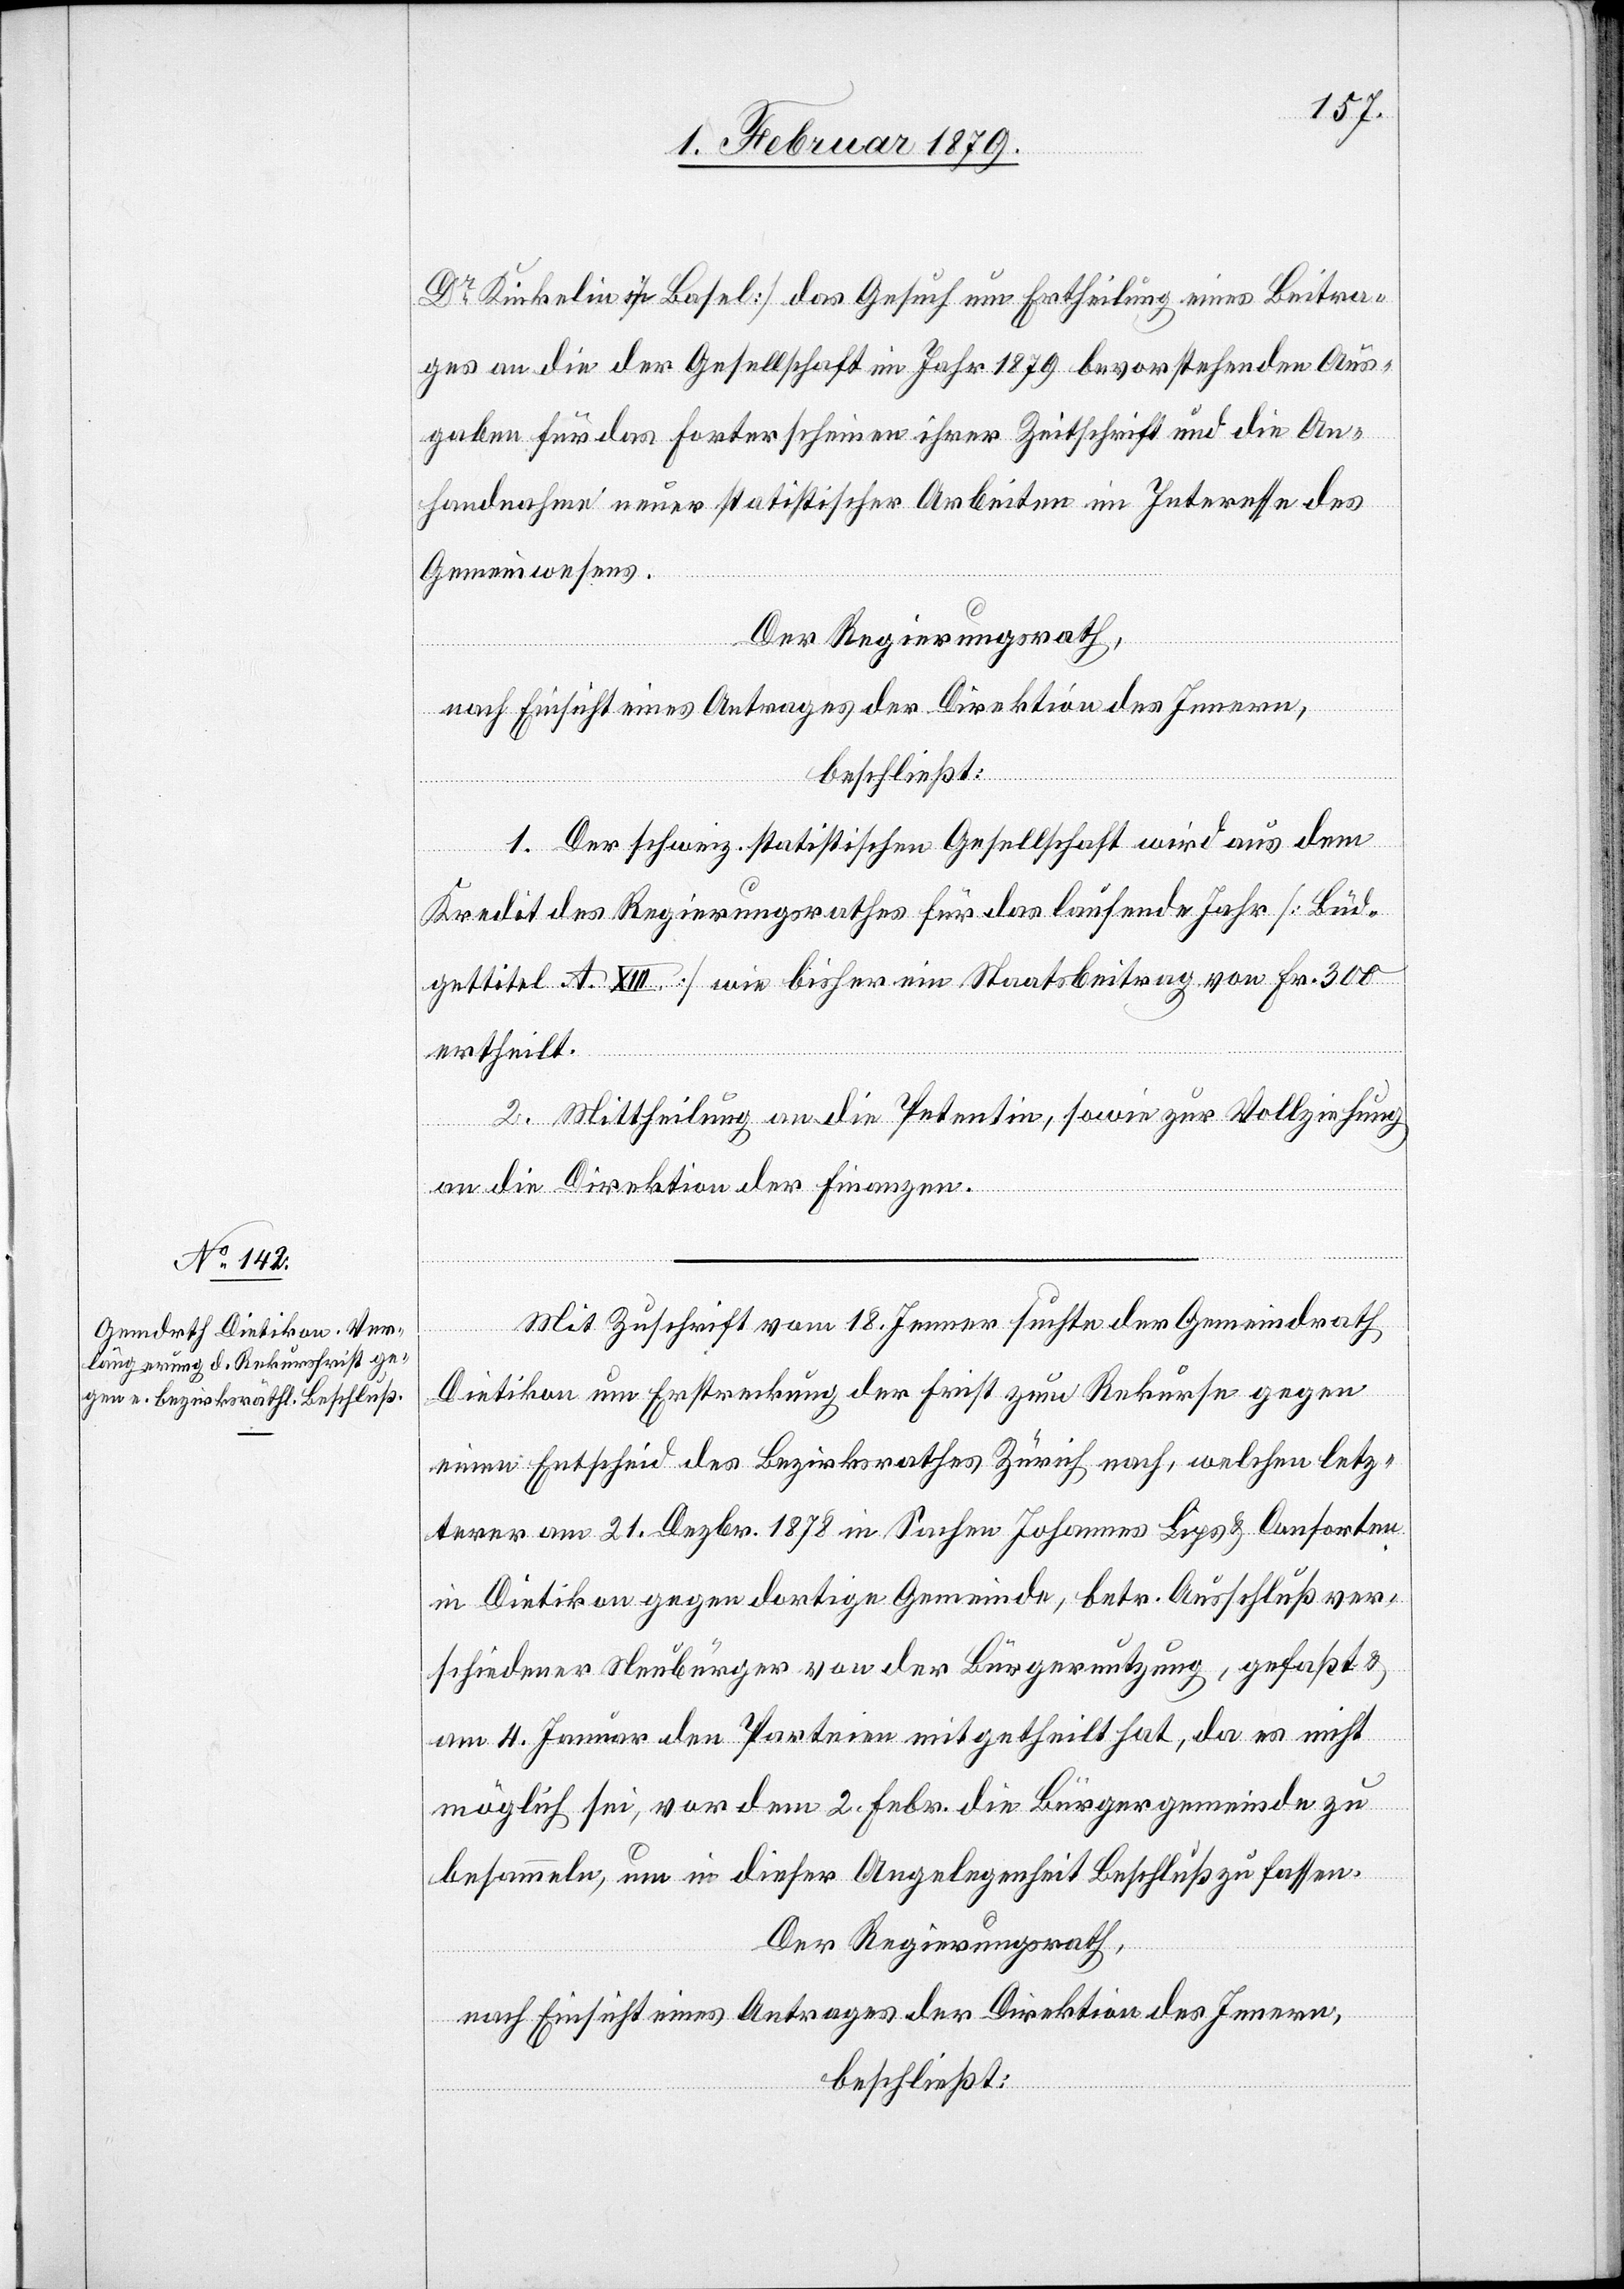
Dr Kinkelin in Basel] das Gesuch um Ertheilung eines Beitra¬
ges an die der Gesellschaft im Jahr 1879 bevorstehenden Aus¬
gaben für das Forterscheinen ihrer Zeitschrift und die An¬
handnahme neuer statistischer Arbeiten im Interesse des
Gemeinwesens.
Der Regierungsrath,
nach Einsicht eines Antrages der Direktion des Innern,
beschließt:
1. Der schweiz. statistischen Gesellschaft wird aus dem
Kredit des Regierungsrathes für das laufende Jahr [Büd¬
gettitel A. XIII.] wie bisher ein Staatsbeitrag von Fr. 300
ertheilt.
2. Mittheilung an die Petentin, sowie zur Vollziehung
an die Direktion der Finanzen.
Mit Zuschrift vom 18. Jenner suchte der Gemeindrath
Dietikon um Erstreckung der Frist zum Rekurse gegen
einen Entscheid des Bezirksrathes Zürich nach, welchen letz¬
terer am 21. Dezbr. 1878 in Sachen Johannes Lips & Consorten
in Dietikon gegen dortige Gemeinde, betr. Ausschluß ver¬
schiedener Neubürger von der Bürgernutzung, gefaßt &
am 4. Januar den Parteien mitgetheilt hat, da es nicht
möglich sei, vor dem 2. Febr. die Bürgergemeinde zu
besammeln, um in dieser Angelegenheit Beschluß zu fassen.
Der Regierungsrath,
nach Einsicht eines Antrages der Direktion des Innern,
beschließt: